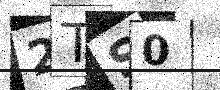
Text: 2TS0